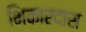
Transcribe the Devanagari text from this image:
भिकारदास